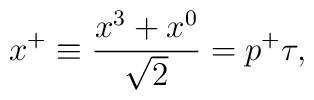
x^+ \equiv {x^3+x^0 \over \sqrt{2}}=p^+ \tau,